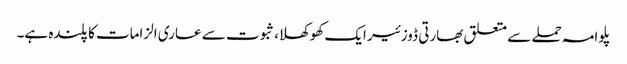
پلوامہ حملے سے متعلق بھارتی ڈوزئیر ایک کھوکھلا، ثبوت سے عاری الزامات کا پلندہ ہے۔